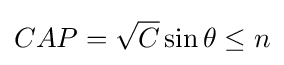
CAP={\sqrt {C}}\sin \theta \leq n